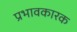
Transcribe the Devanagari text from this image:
प्रभावकारक